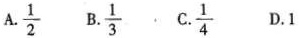
A. \frac{1}{2} B. \frac{1}{3} C. \frac{1}{4} D. 1